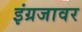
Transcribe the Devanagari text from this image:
इंग्रजावर